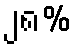
၂၈%